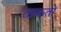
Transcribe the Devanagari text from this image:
ताकतो